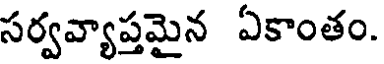
సర్వవ్యాప్తమైన ఏకాంతం.